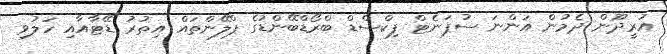
އުރީދޫން ދެމުން އަންނަ ސުޕަނެޓް ފިކްސްޑް ބްރޯޑްބޭންޑުގެ ޕްލޭންތައް އިތުރު ޑޭޓާއާއި ހަލުވި